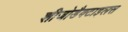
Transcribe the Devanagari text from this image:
शीजोडैक्टाइलस